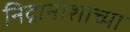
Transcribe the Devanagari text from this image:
निद्रानाशाच्या